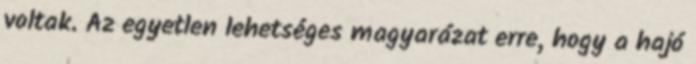
voltak. Az egyetlen lehetséges magyarázat erre, hogy a hajó